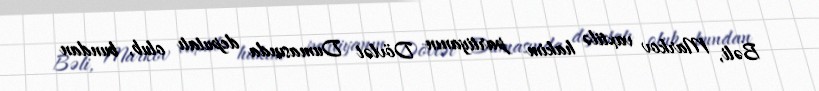
Bəli, Markov vaxtilə hakim partiyanın Dövlət Dumasında deputatı olub, bundan